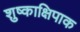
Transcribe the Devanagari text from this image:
शुष्काक्षिपाक